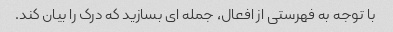
با توجه به فهرستی از افعال، جمله ای بسازید که درک را بیان کند.